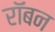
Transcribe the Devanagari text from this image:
रॉबन